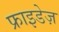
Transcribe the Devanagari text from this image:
फ्राइडेज़